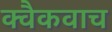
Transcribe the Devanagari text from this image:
क्वैकवाच